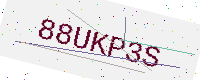
Text: 88UKP3S